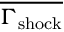
\overline { { \Gamma _ { \mathrm { s h o c k } } } }